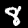
Label: 8